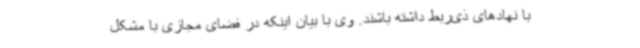
با نهادهای ذی‌ربط داشته باشند. وی با بیان اینکه در فضای مجازی با مشکل